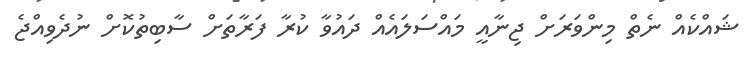
ޝައްކެއް ނެތް މިންވަރަށް ޖިނާއީ މައްސަލައެއް ދައުވާ ކުރާ ފަރާތަށް ސާބިތުކޮށް ނުދެވިއްޖެ